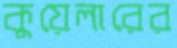
কুয়েলারের